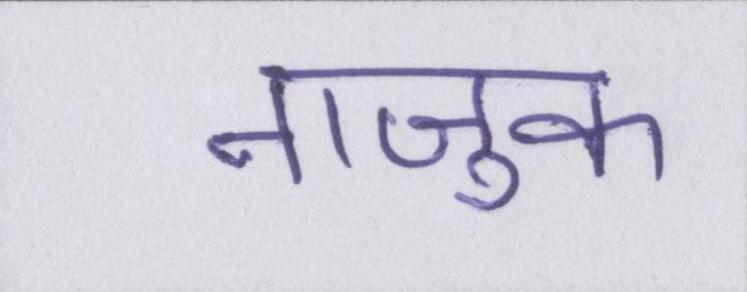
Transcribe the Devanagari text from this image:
नाजुक